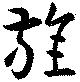
旌